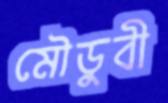
মৌডুবী